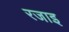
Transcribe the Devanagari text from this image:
रजाइ